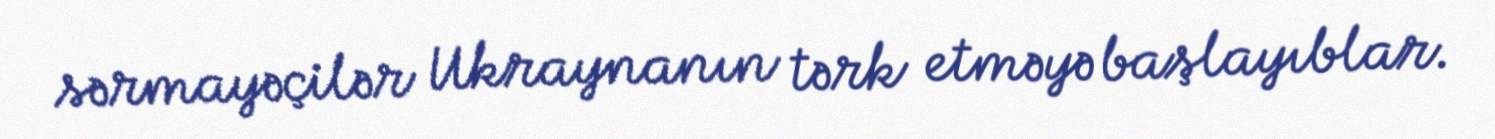
sərmayəçilər Ukraynanın tərk etməyə başlayıblar.